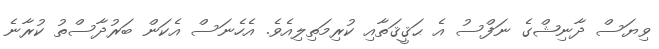
ވިޔަސް ދާނިޝްގެ ނަފްސު އެ ޙަޤީޤަތާާއިި ކުރިމަތިލިއެވެ. އެހެނަސް އެކަން ބަރުދާސްތު ކުރާާނެ